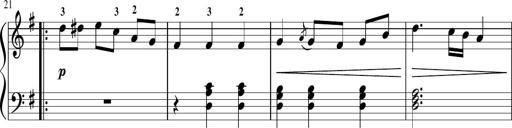
Title: Sonatina in G major
Composer: Friedrich Kuhlau
Key: G major